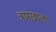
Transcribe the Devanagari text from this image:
त्रारख़ाल।